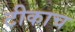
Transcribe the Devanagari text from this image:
टीकाच